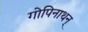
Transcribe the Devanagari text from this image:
गोपिनाथन्